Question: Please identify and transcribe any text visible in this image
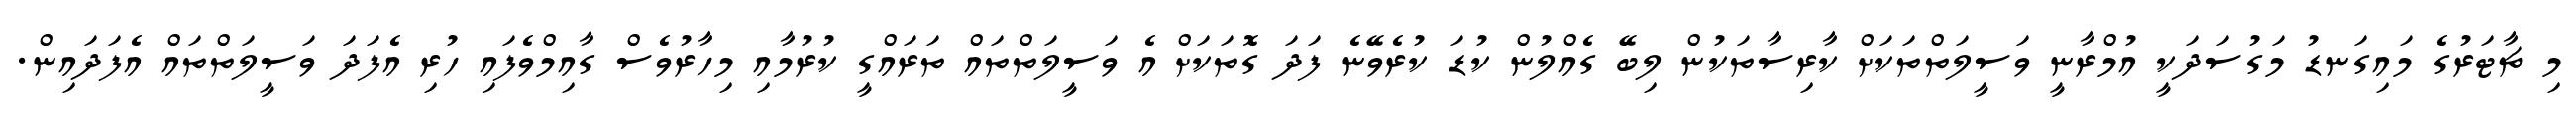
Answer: މި ޗާޓަރުގެ މައިގަނޑު މަގުސަދަކީ އުމްރާނީ ވަސީލަތްތަކަށް ކާރިސާތަކުން ލިބޭ ގެއްލުން ކުޑަ ކުރެވޭނެ ފަދަ ގޮތަކަށް އެ ވަސީލަތްތައް ތަރައްގީ ކުރުމާއި މިހާރުވެސް ގާއިމްވެފައި ހުރި އެފަދަ ވަސީލަތްތައް އެފަދައިން.